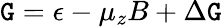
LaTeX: \mathtt{G}=\epsilon-\mu_{z}B+\Delta\mathtt{G}